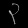
Digit: ၃